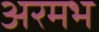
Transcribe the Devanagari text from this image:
अरमभ